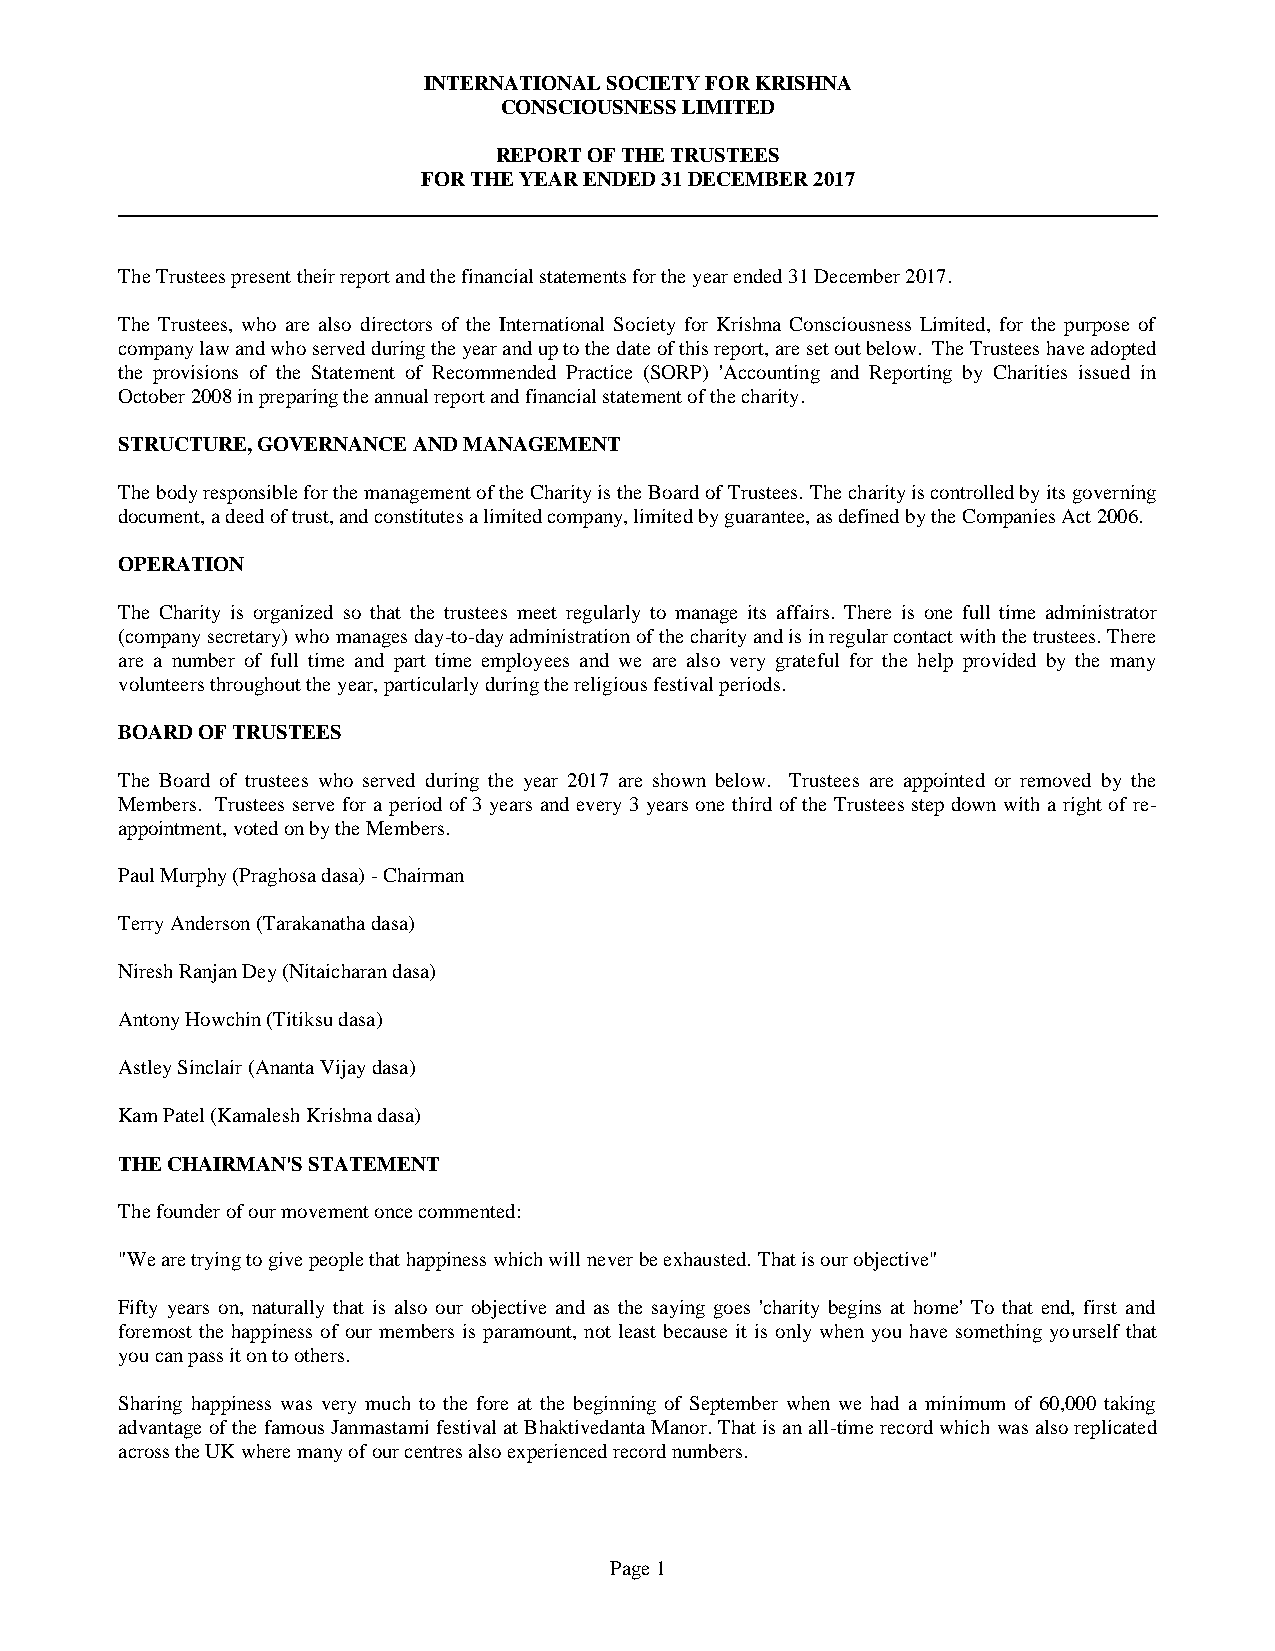
INTERNATIONAL SOCIETY FOR KRISHNA
 CONSCIOUSNESS LIMITED
 REPORT OF THE TRUSTEES
 FOR THE YEAR ENDED 31 DECEMBER 2017
 The Trustees present their report and the financial statements for the year ended 31 December 2017.
 The Trustees, who are also directors of the International Society for Krishna Consciousness Limited, for the purpose of
 company law and who served during the year and up to the date of this report, are set out below. The Trustees have adopted
 the provisions of the Statement of Recommended Practice (SORP) 'Accounting and Reporting by Charities issued in
 October 2008 in preparing the annual report and financial statement of the charity.
 STRUCTURE, GOVERNANCE AND MANAGEMENT
 The body responsible for the management of the Charity is the Board of Trustees. The charity is controlled by its governing
 document, a deed of trust, and constitutes a limited company, limited by guarantee, as defined by the Companies Act 2006.
 OPERATION
 The Charity is organized so that the trustees meet regularly to manage its affairs. There is one full time administrator
 (company secretary) who manages day-to-day administration of the charity and is in regular contact with the trustees. There
 are a number of full time and part time employees and we are also very grateful for the help provided by the many
 volunteers throughout the year, particularly during the religious festival periods.
 BOARD OF TRUSTEES
 The Board of trustees who served during the year 2017 are shown below. Trustees are appointed or removed by the
 Members. Trustees serve for a period of 3 years and every 3 years one third of the Trustees step down with a right of re-
 appointment, voted on by the Members.
 Paul Murphy (Praghosa dasa) - Chairman
 Terry Anderson (Tarakanatha dasa)
 Niresh Ranjan Dey (Nitaicharan dasa)
 Antony Howchin (Titiksu dasa)
 Astley Sinclair (Ananta Vijay dasa)
 Kam Patel (Kamalesh Krishna dasa)
 THE CHAIRMAN'S STATEMENT
 The founder of our movement once commented:
 "We are trying to give people that happiness which will never be exhausted. That is our objective"
 Fifty years on, naturally that is also our objective and as the saying goes 'charity begins at home' To that end, first and
 foremost the happiness of our members is paramount, not least because it is only when you have something yourself that
 you can pass it on to others.
 Sharing happiness was very much to the fore at the beginning of September when we had a minimum of 60,000 taking
 advantage of the famous Janmastami festival at Bhaktivedanta Manor. That is an all-time record which was also replicated
 across the UK where many of our centres also experienced record numbers.
 Page 1